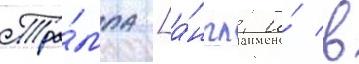
Тра́мпа [а́нгл. и́ в